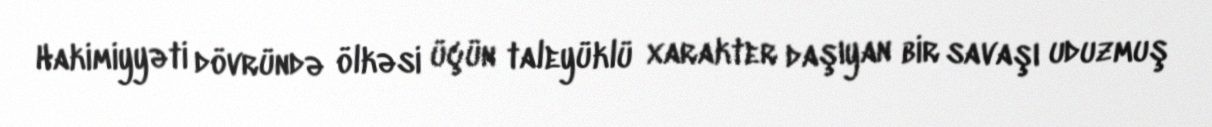
Hakimiyyəti dövründə ölkəsi üçün taleyüklü xarakter daşıyan bir savaşı uduzmuş